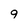
Character: 9